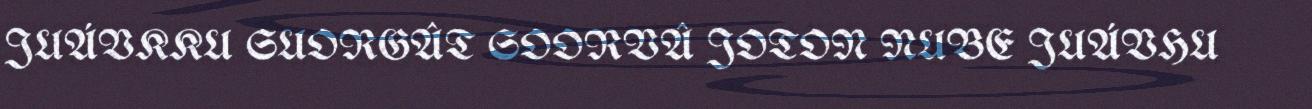
JUÁVKKU SUORGÂT SOORVÂ JOTON NUBE JUÁVHU